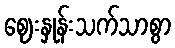
ဈေးနှုန်းသက်သာစွာ